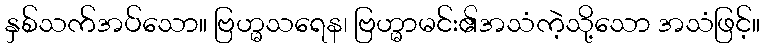
နှစ်သက်အပ်သော။ ဗြဟ္မသရေန၊ ဗြဟ္မာမင်း၏အသံကဲ့သို့သော အသံဖြင့်။